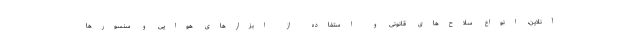
آنلاین، انواع سلاح‌های قانونی و استفاده از ابزارهای هوایی و سنسورها